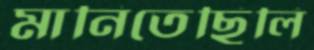
মানিতেছিলি